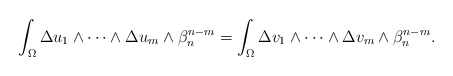
\begin{align*} \int_\Omega \Delta u_1\wedge\dots\wedge \Delta u_m\wedge\beta_n^{n-m}= \int_\Omega \Delta v_1\wedge\dots\wedge \Delta v_m \wedge\beta_n^{n-m}. \end{align*}